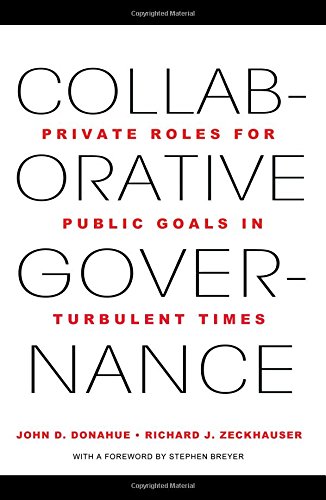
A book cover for Collaborative Governance: Private Roles for Public Goals in Turbulent Times; John D. Donahue; Business & Money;